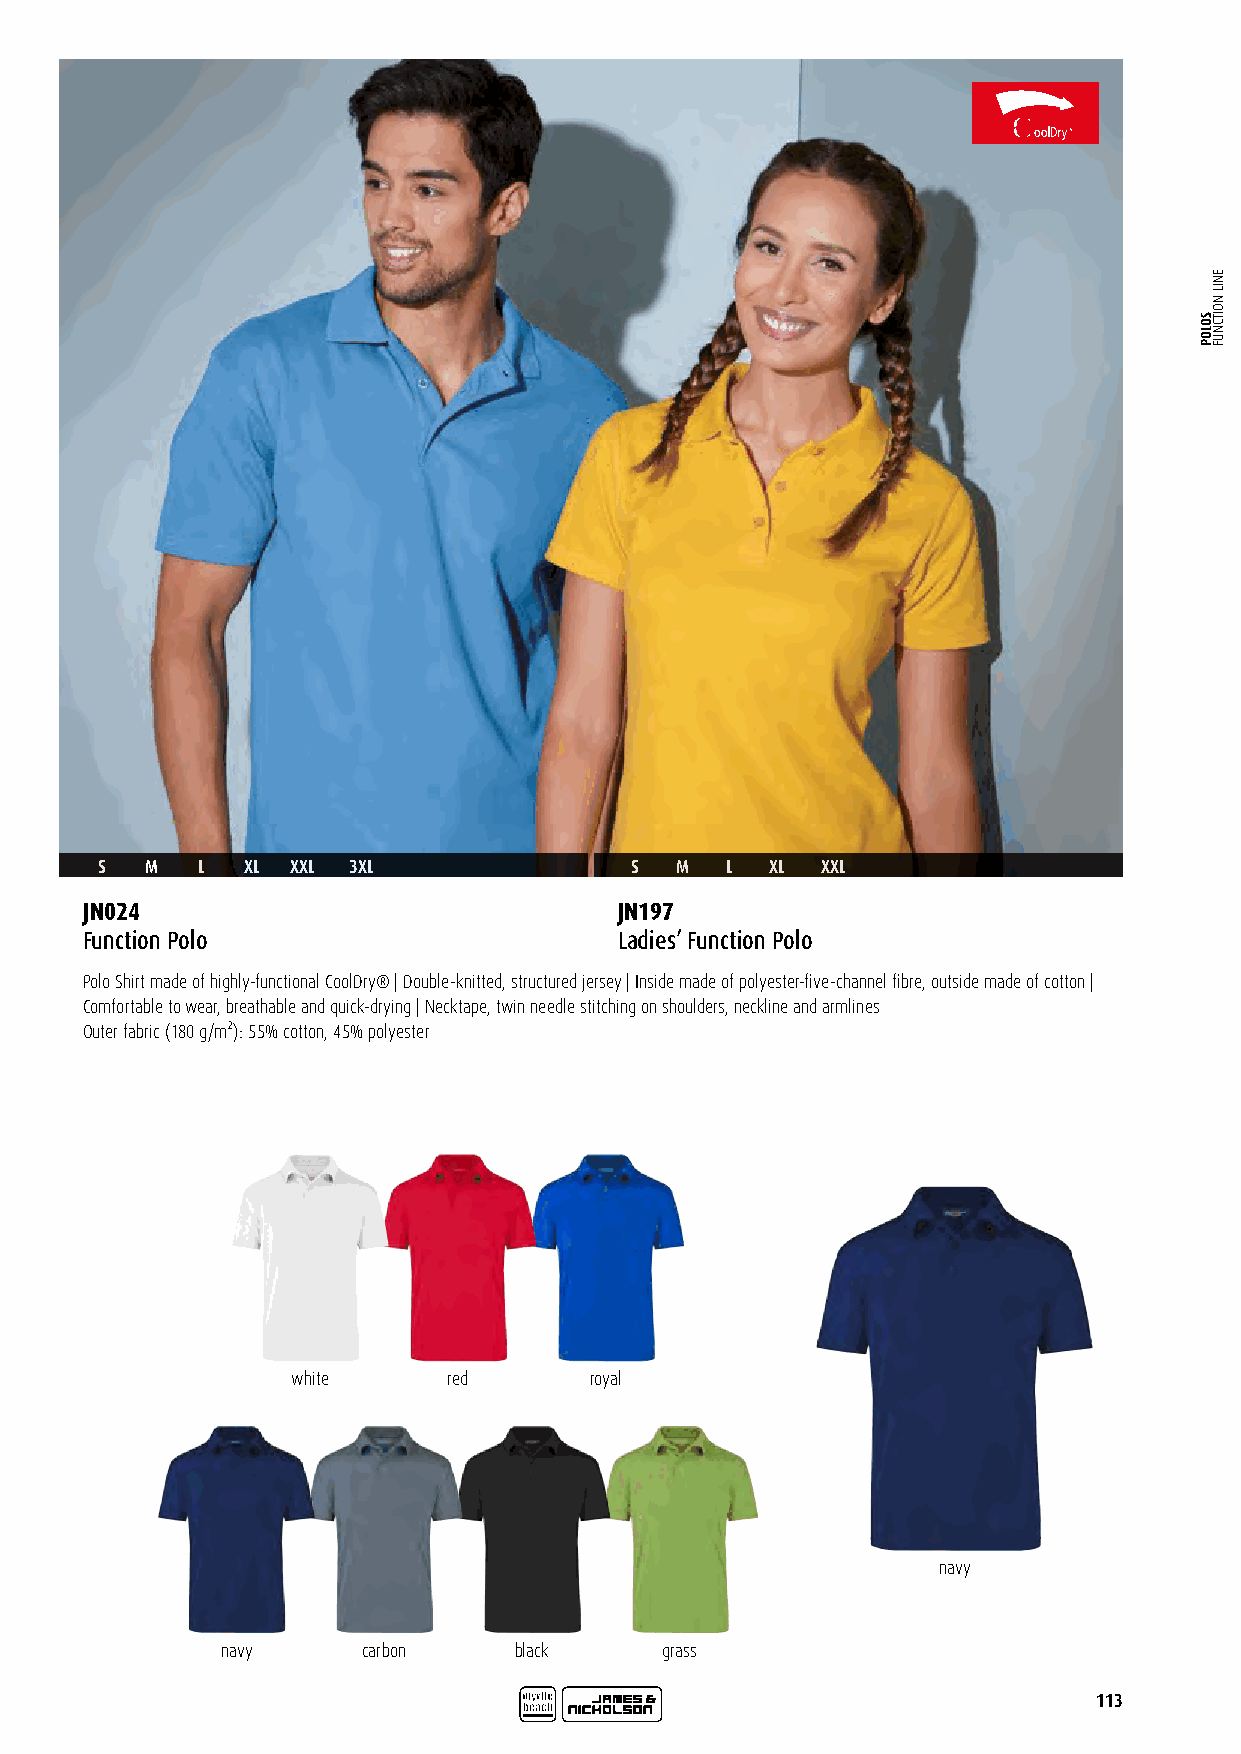
S   M  L  XL XXL 3XL                S  M  L  XL XXL
 JN024                               JN197
 Function Polo                       Ladies’ Function Polo
 Polo Shirt made of highly-functional CoolDry® | Double-knitted, structured jersey | Inside made of polyester-five-channel fibre, outside made of cotton |
 Comfortable to wear, breathable and quick-drying | Necktape, twin needle stitching on shoulders, neckline and armlines
 Outer fabric (180 g/m²): 55% cotton, 45% polyester
 white      red      royal
 navy
 navy     carbon    black     grass
 113
 SOLOP
 ENIL
 NOITCNUF